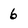
Character: 6